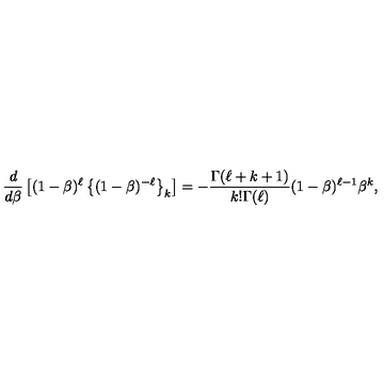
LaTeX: { \frac { d } { d \beta } } \left[ ( 1 - \beta ) ^ { \ell } \left\{ ( 1 - \beta ) ^ { - \ell } \right\} _ { k } \right] = - { \frac { \Gamma ( \ell + k + 1 ) } { k ! \Gamma ( \ell ) } } ( 1 - \beta ) ^ { \ell - 1 } \beta ^ { k } ,